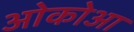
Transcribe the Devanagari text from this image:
ओकोआ